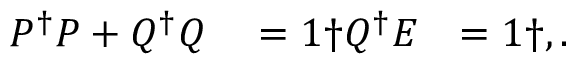
\begin{array} { r l r } { P ^ { \dagger } P + Q ^ { \dagger } Q } & { { } = 1 \dag Q ^ { \dagger } E } & { = 1 \dag , . } \end{array}